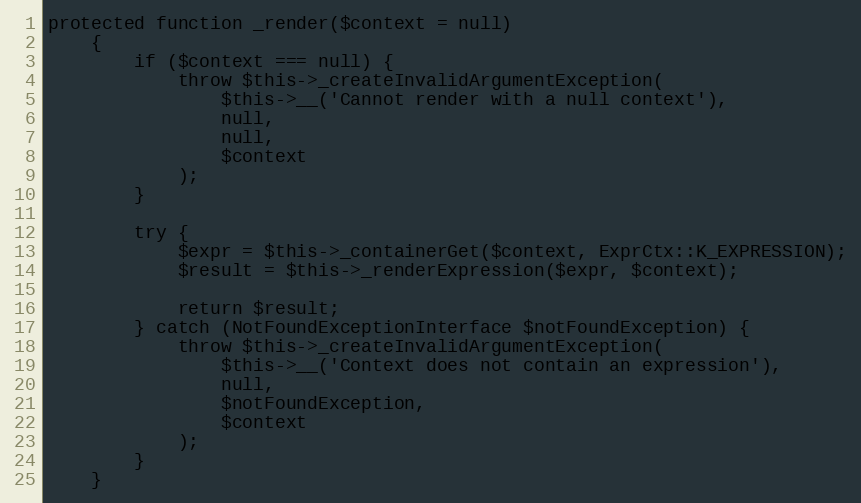
Language: PHP
protected function _render($context = null)
    {
        if ($context === null) {
            throw $this->_createInvalidArgumentException(
                $this->__('Cannot render with a null context'),
                null,
                null,
                $context
            );
        }

        try {
            $expr = $this->_containerGet($context, ExprCtx::K_EXPRESSION);
            $result = $this->_renderExpression($expr, $context);

            return $result;
        } catch (NotFoundExceptionInterface $notFoundException) {
            throw $this->_createInvalidArgumentException(
                $this->__('Context does not contain an expression'),
                null,
                $notFoundException,
                $context
            );
        }
    }